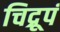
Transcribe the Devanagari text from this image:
चिद्रूपं